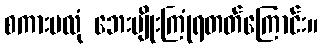
စကားမလုံ ဘေးမျိုးကြုံရတတ်ကြောင်း။